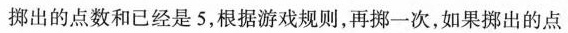
掷出的点数和已经是5，根据游戏规则，再挪一次，如果挪出的点